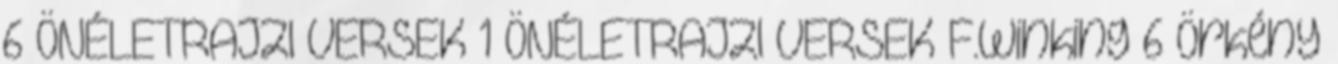
6 ÖNÉLETRAJZI VERSEK 1 ÖNÉLETRAJZI VERSEK F.Winking 6 Örkény